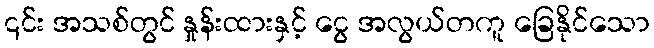
၎င်း အသစ်တွင် နှုန်းထားနှင့် ငွေ အလွယ်တကူ ခြေနိုင်သော